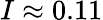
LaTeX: I\approx 0.11